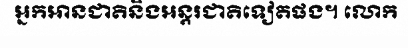
អ្នកអានជាតិនិងអន្តរជាតិទៀតផង។ លោក